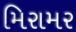
મિરામર